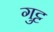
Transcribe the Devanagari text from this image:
गुट्ट